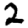
Digit: 2